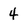
Character: 4